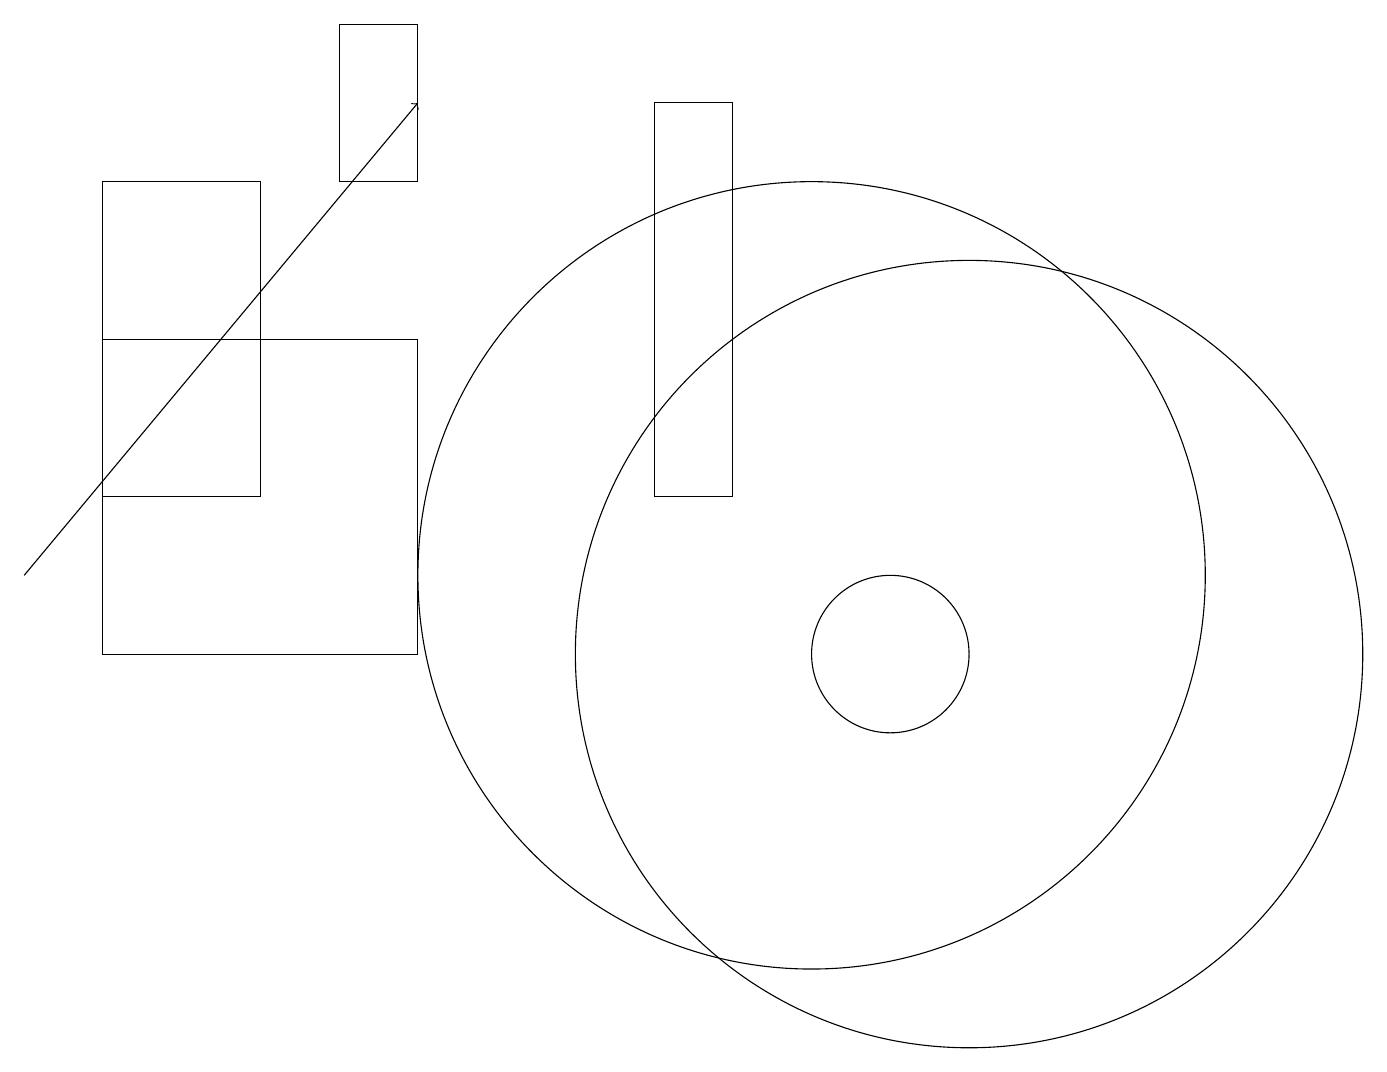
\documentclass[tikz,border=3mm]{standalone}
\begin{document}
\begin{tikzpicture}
\draw (4,16) rectangle (5,18);
\draw (11,10) circle (1);
\draw (9,17) rectangle (8,12);
\draw (5,10) rectangle (1,14);
\draw (12,10) circle (5);
\draw[->] (0,11) -- (5,17);
\draw (3,16) rectangle (1,12);
\draw (10,11) circle (5);
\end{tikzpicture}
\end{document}